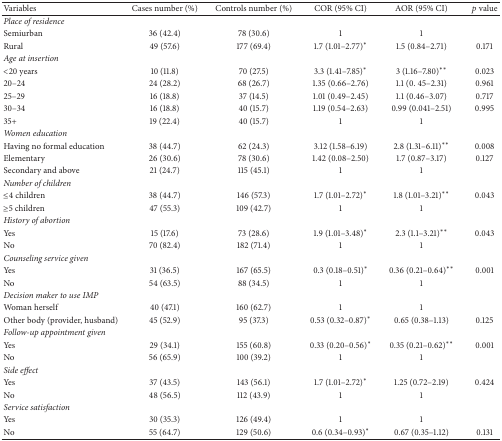
<table><thead><tr><td><b>Variables</b></td><td><b>Cases number (%) </b></td><td><b>Controls number (%) </b></td><td><b>COR (95% CI)</b></td><td><b>AOR (95% CI)</b></td><td><b><i>p</i> value </b></td></tr></thead><tbody><tr><td><i>Place of residence</i></td><td>[EMPTY_CELL]</td><td>[EMPTY_CELL]</td><td>[EMPTY_CELL]</td><td>[EMPTY_CELL]</td><td>[EMPTY_CELL]</td></tr><tr><td>Semiurban</td><td>36 (42.4)</td><td>78 (30.6)</td><td>1</td><td>1</td><td>[EMPTY_CELL]</td></tr><tr><td>Rural</td><td>49 (57.6)</td><td>177 (69.4)</td><td>1.7 (1.01–2.77)<sup><i>∗</i></sup></td><td>1.5 (0.84–2.71)</td><td>0.171</td></tr><tr><td><i>Age at insertion</i></td><td>[EMPTY_CELL]</td><td>[EMPTY_CELL]</td><td>[EMPTY_CELL]</td><td>[EMPTY_CELL]</td><td>[EMPTY_CELL]</td></tr><tr><td>&lt;20 years</td><td>10 (11.8)</td><td>70 (27.5)</td><td>3.3 (1.41–7.85)<sup><i>∗</i></sup></td><td>3 (1.16–7.80)<sup><i>∗∗</i></sup></td><td>0.023</td></tr><tr><td>20–24</td><td>24 (28.2)</td><td>68 (26.7)</td><td>1.35 (0.66–2.76)</td><td>1.1 (0. 45–2.31)</td><td>0.961</td></tr><tr><td>25–29</td><td>16 (18.8)</td><td>37 (14.5)</td><td>1.01 (0.49–2.45)</td><td>1.1 (0.46–3.07)</td><td>0.717</td></tr><tr><td>30–34</td><td>16 (18.8)</td><td>40 (15.7)</td><td>1.19 (0.54–2.63)</td><td>0.99 (0.041–2.51)</td><td>0.995</td></tr><tr><td>35+</td><td>19 (22.4)</td><td>40 (15.7)</td><td>1</td><td>1</td><td>[EMPTY_CELL]</td></tr><tr><td><i>Women education</i></td><td>[EMPTY_CELL]</td><td>[EMPTY_CELL]</td><td>[EMPTY_CELL]</td><td>[EMPTY_CELL]</td><td>[EMPTY_CELL]</td></tr><tr><td>Having no formal education</td><td>38 (44.7)</td><td>62 (24.3)</td><td>3.12 (1.58–6.19)</td><td>2.8 (1.31–6.11)<sup><i>∗∗</i></sup></td><td>0.008</td></tr><tr><td>Elementary</td><td>26 (30.6)</td><td>78 (30.6)</td><td>1.42 (0.08–2.50)</td><td>1.7 (0.87–3.17)</td><td>0.127</td></tr><tr><td>Secondary and above</td><td>21 (24.7)</td><td>115 (45.1)</td><td>1</td><td>1</td><td>[EMPTY_CELL]</td></tr><tr><td><i>Number of children</i></td><td>[EMPTY_CELL]</td><td>[EMPTY_CELL]</td><td>[EMPTY_CELL]</td><td>[EMPTY_CELL]</td><td>[EMPTY_CELL]</td></tr><tr><td>≤4 children</td><td>38 (44.7)</td><td>146 (57.3)</td><td>1.7 (1.01–2.72)<sup><i>∗</i></sup></td><td>1.8 (1.01–3.21)<sup><i>∗∗</i></sup></td><td>0.043</td></tr><tr><td>≥5 children</td><td>47 (55.3)</td><td>109 (42.7)</td><td>1</td><td>1</td><td>[EMPTY_CELL]</td></tr><tr><td><i>History of abortion</i></td><td>[EMPTY_CELL]</td><td>[EMPTY_CELL]</td><td>[EMPTY_CELL]</td><td>[EMPTY_CELL]</td><td>[EMPTY_CELL]</td></tr><tr><td>Yes</td><td>15 (17.6)</td><td>73 (28.6)</td><td>1.9 (1.01–3.48)<sup><i>∗</i></sup></td><td>2.3 (1.1–3.21)<sup><i>∗∗</i></sup></td><td>0.043</td></tr><tr><td>No</td><td>70 (82.4)</td><td>182 (71.4)</td><td>1</td><td>1</td><td>[EMPTY_CELL]</td></tr><tr><td><i>Counseling service given</i></td><td>[EMPTY_CELL]</td><td>[EMPTY_CELL]</td><td>[EMPTY_CELL]</td><td>[EMPTY_CELL]</td><td>[EMPTY_CELL]</td></tr><tr><td>Yes</td><td>31 (36.5)</td><td>167 (65.5)</td><td>0.3 (0.18–0.51)<sup><i>∗</i></sup></td><td>0.36 (0.21–0.64)<sup><i>∗∗</i></sup></td><td>0.001</td></tr><tr><td>No</td><td>54 (63.5)</td><td>88 (34.5)</td><td>1</td><td>1</td><td>[EMPTY_CELL]</td></tr><tr><td><i>Decision maker to use IMP</i></td><td>[EMPTY_CELL]</td><td>[EMPTY_CELL]</td><td>[EMPTY_CELL]</td><td>[EMPTY_CELL]</td><td>[EMPTY_CELL]</td></tr><tr><td>Woman herself</td><td>40 (47.1)</td><td>160 (62.7)</td><td>1</td><td>1</td><td>[EMPTY_CELL]</td></tr><tr><td>Other body (provider, husband)</td><td>45 (52.9)</td><td>95 (37.3)</td><td>0.53 (0.32–0.87)<sup><i>∗</i></sup></td><td>0.65 (0.38–1.13)</td><td>0.125</td></tr><tr><td><i>Follow-up appointment given</i></td><td>[EMPTY_CELL]</td><td>[EMPTY_CELL]</td><td>[EMPTY_CELL]</td><td>[EMPTY_CELL]</td><td>[EMPTY_CELL]</td></tr><tr><td>Yes</td><td>29 (34.1)</td><td>155 (60.8)</td><td>0.33 (0.20–0.56)<sup><i>∗</i></sup></td><td>0.35 (0.21–0.62)<sup><i>∗∗</i></sup></td><td>0.001</td></tr><tr><td>No</td><td>56 (65.9)</td><td>100 (39.2)</td><td>1</td><td>1</td><td>[EMPTY_CELL]</td></tr><tr><td><i>Side effect </i></td><td>[EMPTY_CELL]</td><td>[EMPTY_CELL]</td><td>[EMPTY_CELL]</td><td>[EMPTY_CELL]</td><td>[EMPTY_CELL]</td></tr><tr><td>Yes</td><td>37 (43.5)</td><td>143 (56.1)</td><td>1.7 (1.01–2.72)<sup><i>∗</i></sup></td><td>1.25 (0.72–2.19)</td><td>0.424</td></tr><tr><td>No</td><td>48 (56.5)</td><td>112 (43.9)</td><td>1</td><td>1</td><td>[EMPTY_CELL]</td></tr><tr><td><i>Service satisfaction</i></td><td>[EMPTY_CELL]</td><td>[EMPTY_CELL]</td><td>[EMPTY_CELL]</td><td>[EMPTY_CELL]</td><td>[EMPTY_CELL]</td></tr><tr><td>Yes</td><td>30 (35.3)</td><td>126 (49.4)</td><td>1</td><td>1</td><td>[EMPTY_CELL]</td></tr><tr><td>No</td><td>55 (64.7)</td><td>129 (50.6)</td><td>0.6 (0.34–0.93)<sup><i>∗</i></sup></td><td>0.67 (0.35–1.12)</td><td>0.131</td></tr></tbody></table>